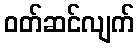
ဝတ်ဆင်လျက်